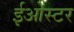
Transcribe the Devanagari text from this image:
ईओस्टर